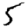
Digit: 5